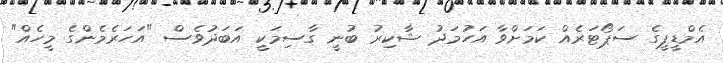
އެމްޑީޕީގެ ސަޕޯޓަރެއް ކަމަށްވާ އަހުމަދު ޝާކިރު ބުނީ ގާސިމަަކީ އަބަދުވެސް "އަހަރެމެންގެ މީހެއް"